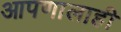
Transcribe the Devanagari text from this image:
आपणालाही